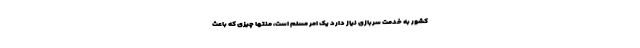
کشور به خدمت سربازی نیاز دارد یک امر مسلم است، منتها چیزی که باعث